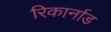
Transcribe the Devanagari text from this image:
रिकार्नाड